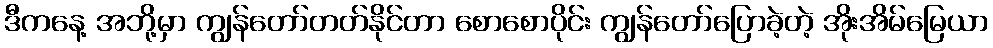
ဒီကနေ့ အဘို့မှာ ကျွန်တော်တတ်နိုင်တာ စောစောပိုင်း ကျွန်တော်ပြောခဲ့တဲ့ အိုးအိမ်မြေယာ